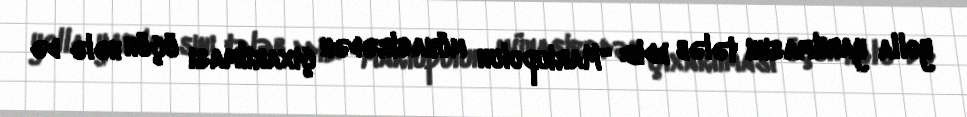
yolla yarılmasını tələb edib: “Mariupolun mühasirədən çıxarılması üçün hələ də